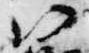
ハ